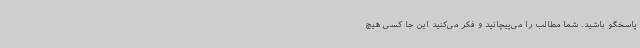
پاسخگو باشید. شما مطالب را می‌پیچانید و فکر می‌کنید این جا کسی هیچ